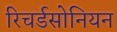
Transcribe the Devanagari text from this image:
रिचर्डसोनियन